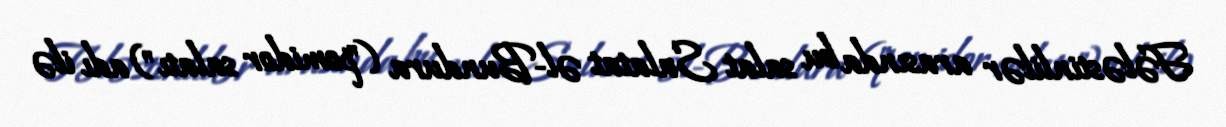
Fələstinlilər arasında bu salat Salatat əl-Bundura ("pomidor salatı") adı ilə